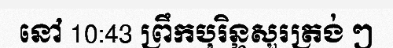
នៅ 10:43 ព្រឹកបុរិន្ទសួរត្រង់ ៗ